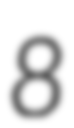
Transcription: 8